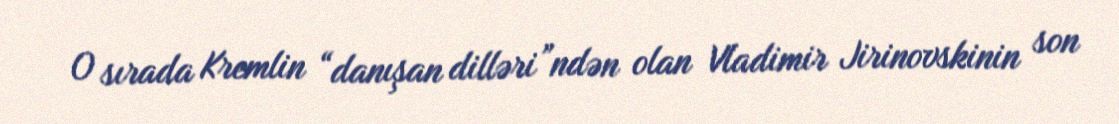
O sırada Kremlin “danışan dilləri”ndən olan Vladimir Jirinovskinin son